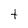
Character: t